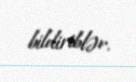
bildiriblər.